Annual administration report of the Civil Veterinary Department of India - 1901-1902
Year: 1901
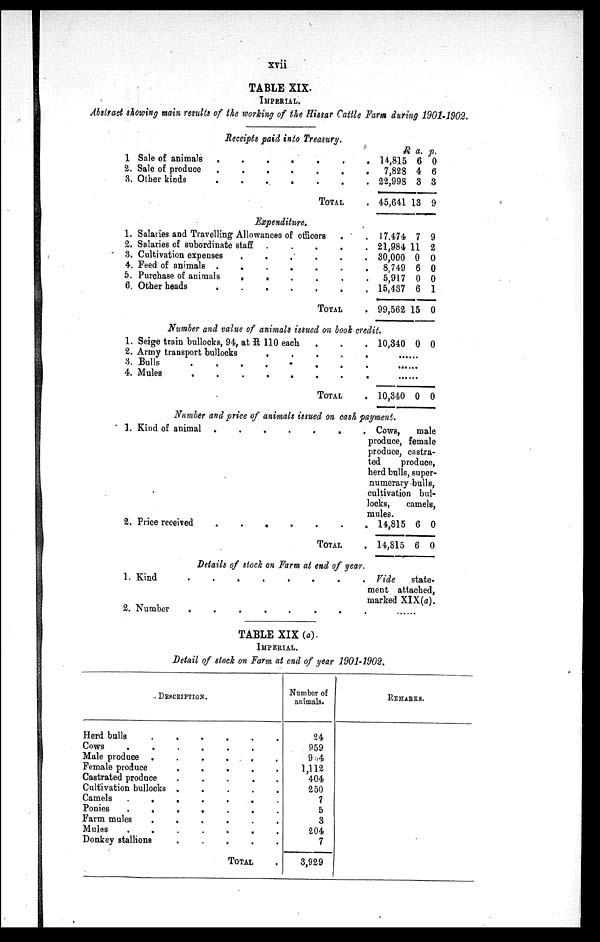
xvii
TABLE XIX.
IMPERIAL.
Abstract showing main results of the working of the Hissar Cattle Farm during 1901-1902.
Receipts paid into Treasury.
1 Sale of animals
.
.
.
.
.
.
2. Sale of produce
.
.
.
.
.
.
3. Other kinds
.
.
.
.
.
.
TOTAL .
R
14,815
7,828
22,998
45,641
a.
6
4
3
13
p.
0
6
3
9
Expenditure.
1. Salaries and Travelling Allowances of officers .
2. Salaries of subordinate staff
.
.
.
.
3. Cultivation expenses
.
.
.
.
.
4. Feed of animals .
.
.
.
.
.
5. Purchase of animals
.
.
.
.
.
6. Other heads
.
.
.
.
.
.
TOTAL .
17,474
21,984
30,000
8,749
5,917
15,437
99,562
7
11
0
6
0
6
15
9
2
0
0
0
1
0
Number and value of animals issued on book credit.
1. Seige train bullocks, 94, at R 110 each . . . .
2. Army transport bullocks
.
.
.
.
3. Bulls
.
.
.
.
.
..
4. Mules
.
.
.
.
.
.
.
TOTAL .
10,340 0 0
......
......
......
10,340 0 0
Number and price of animals issued on cash payment.
1. Kind of animal .
.
.
.
.
.
2. Price received
.
.
.
.
.
..
TOTAL .
. Cows, male
produce, female
produce, castra-
ted
produce,
herd bulls,super-
numerary bulls,
cultivation bul-
locks,
camels,
mules.
14,815
14,815
Details of stock on Farm at end of year.
1. Kind
.
.
.
.
.
.
.
2. Number
.
.
.
.
.
.
6
6
0
0
Vide state-
ment attached,
marked XIX(a).
......
TABLE XIX (a).
IMPERIAL.
Detail of stock on Farm at end of year 1901-1902.
DESCRIPTION.
Herd balls .
Cows . .
Male produce .
Female produce
Castrated produce
Cultivation bullocks
Camels
.
.
Ponies
.
.
Farm mules .
Mules . .
Donkey stallions
.
.
.
.
.
.
.
.
.
.
.
.
.
.
.
.
.
.
.
.
.
.
.
.
.
.
.
.
.
.
.
.
.
.
.
.
.
.
.
.
.
.
.
TOTAL
.
Number of
animals.
24
959
904
1,112
404
250
7
5
3
204
7
3,929
REMARKS.